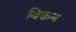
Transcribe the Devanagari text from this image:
विकन